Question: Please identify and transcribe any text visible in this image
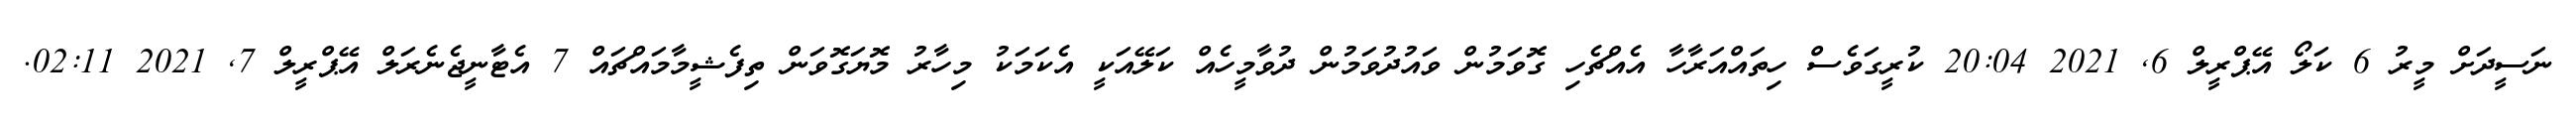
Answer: ނަސީދަށް މީރު 6 ކަލޯ އޭޕްރީލް 6, 2021 20:04 ކުރީގަވެސް ހިތައްއަރާހާ އެއްޗެހި ގޮވަމުން ވައުދުވަމުން ދުވާމީހެއް ކަލޭއަކީ އެކަމަކު މިހާރު މޮޔަގޮވަން ތިފެޝީމާމައްޗައް 7 އެޓާނީޖެނެރަލް އޭޕްރީލް 7, 2021 02:11.